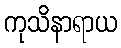
ကုသိနာရာယ